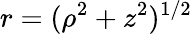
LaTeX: r=(\rho^{2}+z^{2})^{1/2}